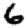
Digit: 6